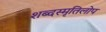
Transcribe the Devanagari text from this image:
शब्दस्मृतिलोप